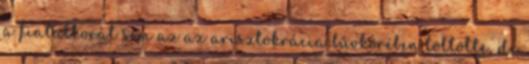
a fiatalkorát sem az az arisztokrácia bűvkörében töltötte, de